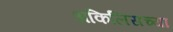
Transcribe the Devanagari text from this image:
अकिलिसच्या